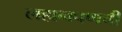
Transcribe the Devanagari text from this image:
लहानपणची